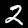
Digit: 2